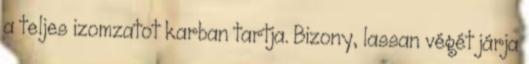
a teljes izomzatot karban tartja. Bizony, lassan végét járja